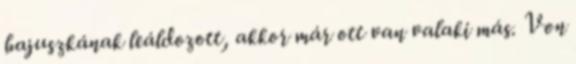
bajuszkának leáldozott, akkor már ott van valaki más. Von